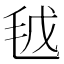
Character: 𣬽